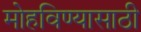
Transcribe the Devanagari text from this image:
मोहविण्यासाठी